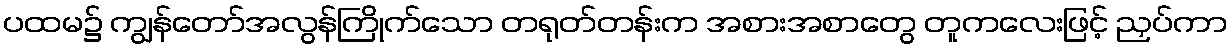
ပထမ၌ ကျွန်တော်အလွန်ကြိုက်သော တရုတ်တန်းက အစားအစာတွေ တူကလေးဖြင့် ညှပ်ကာ